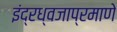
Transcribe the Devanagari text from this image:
इंद्रध्वजाप्रमाणे